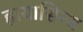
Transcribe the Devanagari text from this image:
हायासिन्थ